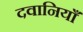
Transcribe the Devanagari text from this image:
दवानियाँ